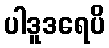
ပါဒူဒရေပိ